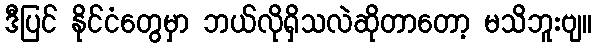
ဒီပြင် နိုင်ငံတွေမှာ ဘယ်လိုရှိသလဲဆိုတာတော့ မသိဘူးဗျ။